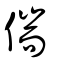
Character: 偳